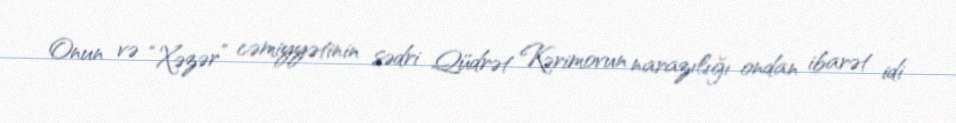
Onun və “Xəzər” cəmiyyətinin sədri Qüdrət Kərimovun narazılığı ondan ibarət idi